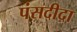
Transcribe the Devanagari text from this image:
पंसदीदा